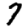
Digit: 7